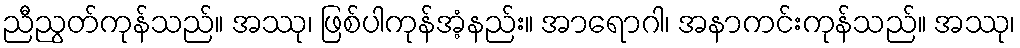
ညီညွတ်ကုန်သည်။ အဿု၊ ဖြစ်ပါကုန်အံ့နည်း။ အာရောဂါ၊ အနာကင်းကုန်သည်။ အဿု၊